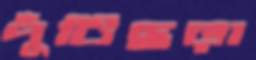
পুঁটিছড়া